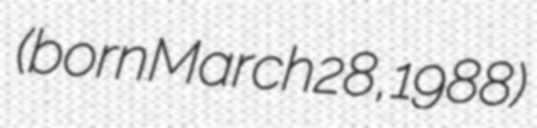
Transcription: (born March 28, 1988)